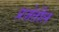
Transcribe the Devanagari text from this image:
प्रजेतील